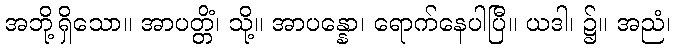
အဘို့ရှိသော။ အာပတ္တိံ၊ သို့။ အာပန္နော၊ ရောက်နေပါပြီ။ ယဒါ၊ ၌။ အညံ၊